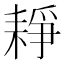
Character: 𦓺